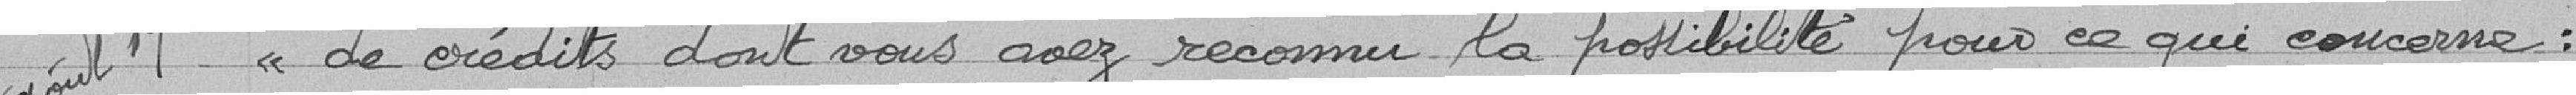
de crédits dont vous avez reconnu la possibilité pour ce qui concerne: